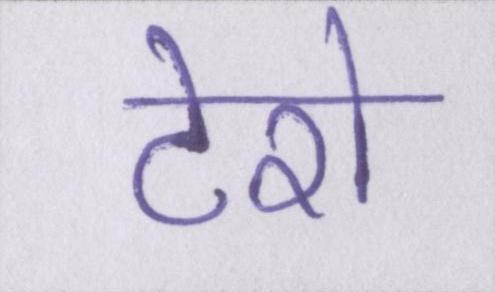
टेरो